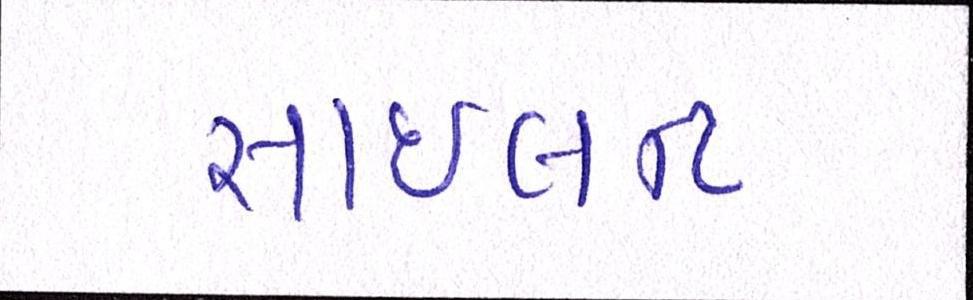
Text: સાઇલન્ટ